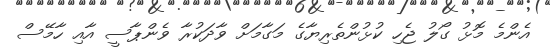
އެންމެ މޮޅު ގޯލު ޖެހި ކުޅުންތެރިޔާގެ މަގާމަށް ވާދަކުރާ ވެންޕާސީ އާއި ހާމޭސް